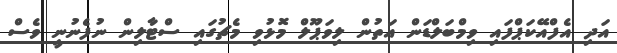
އަދި އެފްއޭކަޕްފައި ވިމްބަލްޑަން އަތުން ލިވަޕޫލް މޮޅުވި މެޗުގައި ސްޓާލިން ނުފެނުނީ ވެސް